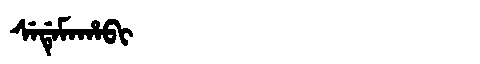
Manchu: ᠰᡝᡩᡝᠮᠠᡥᠠᠪᡳ
Romanization: SEDEMAHABI